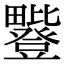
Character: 𪽥